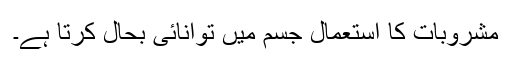
مشروبات کا استعمال جسم میں توانائی بحال کرتا ہے۔